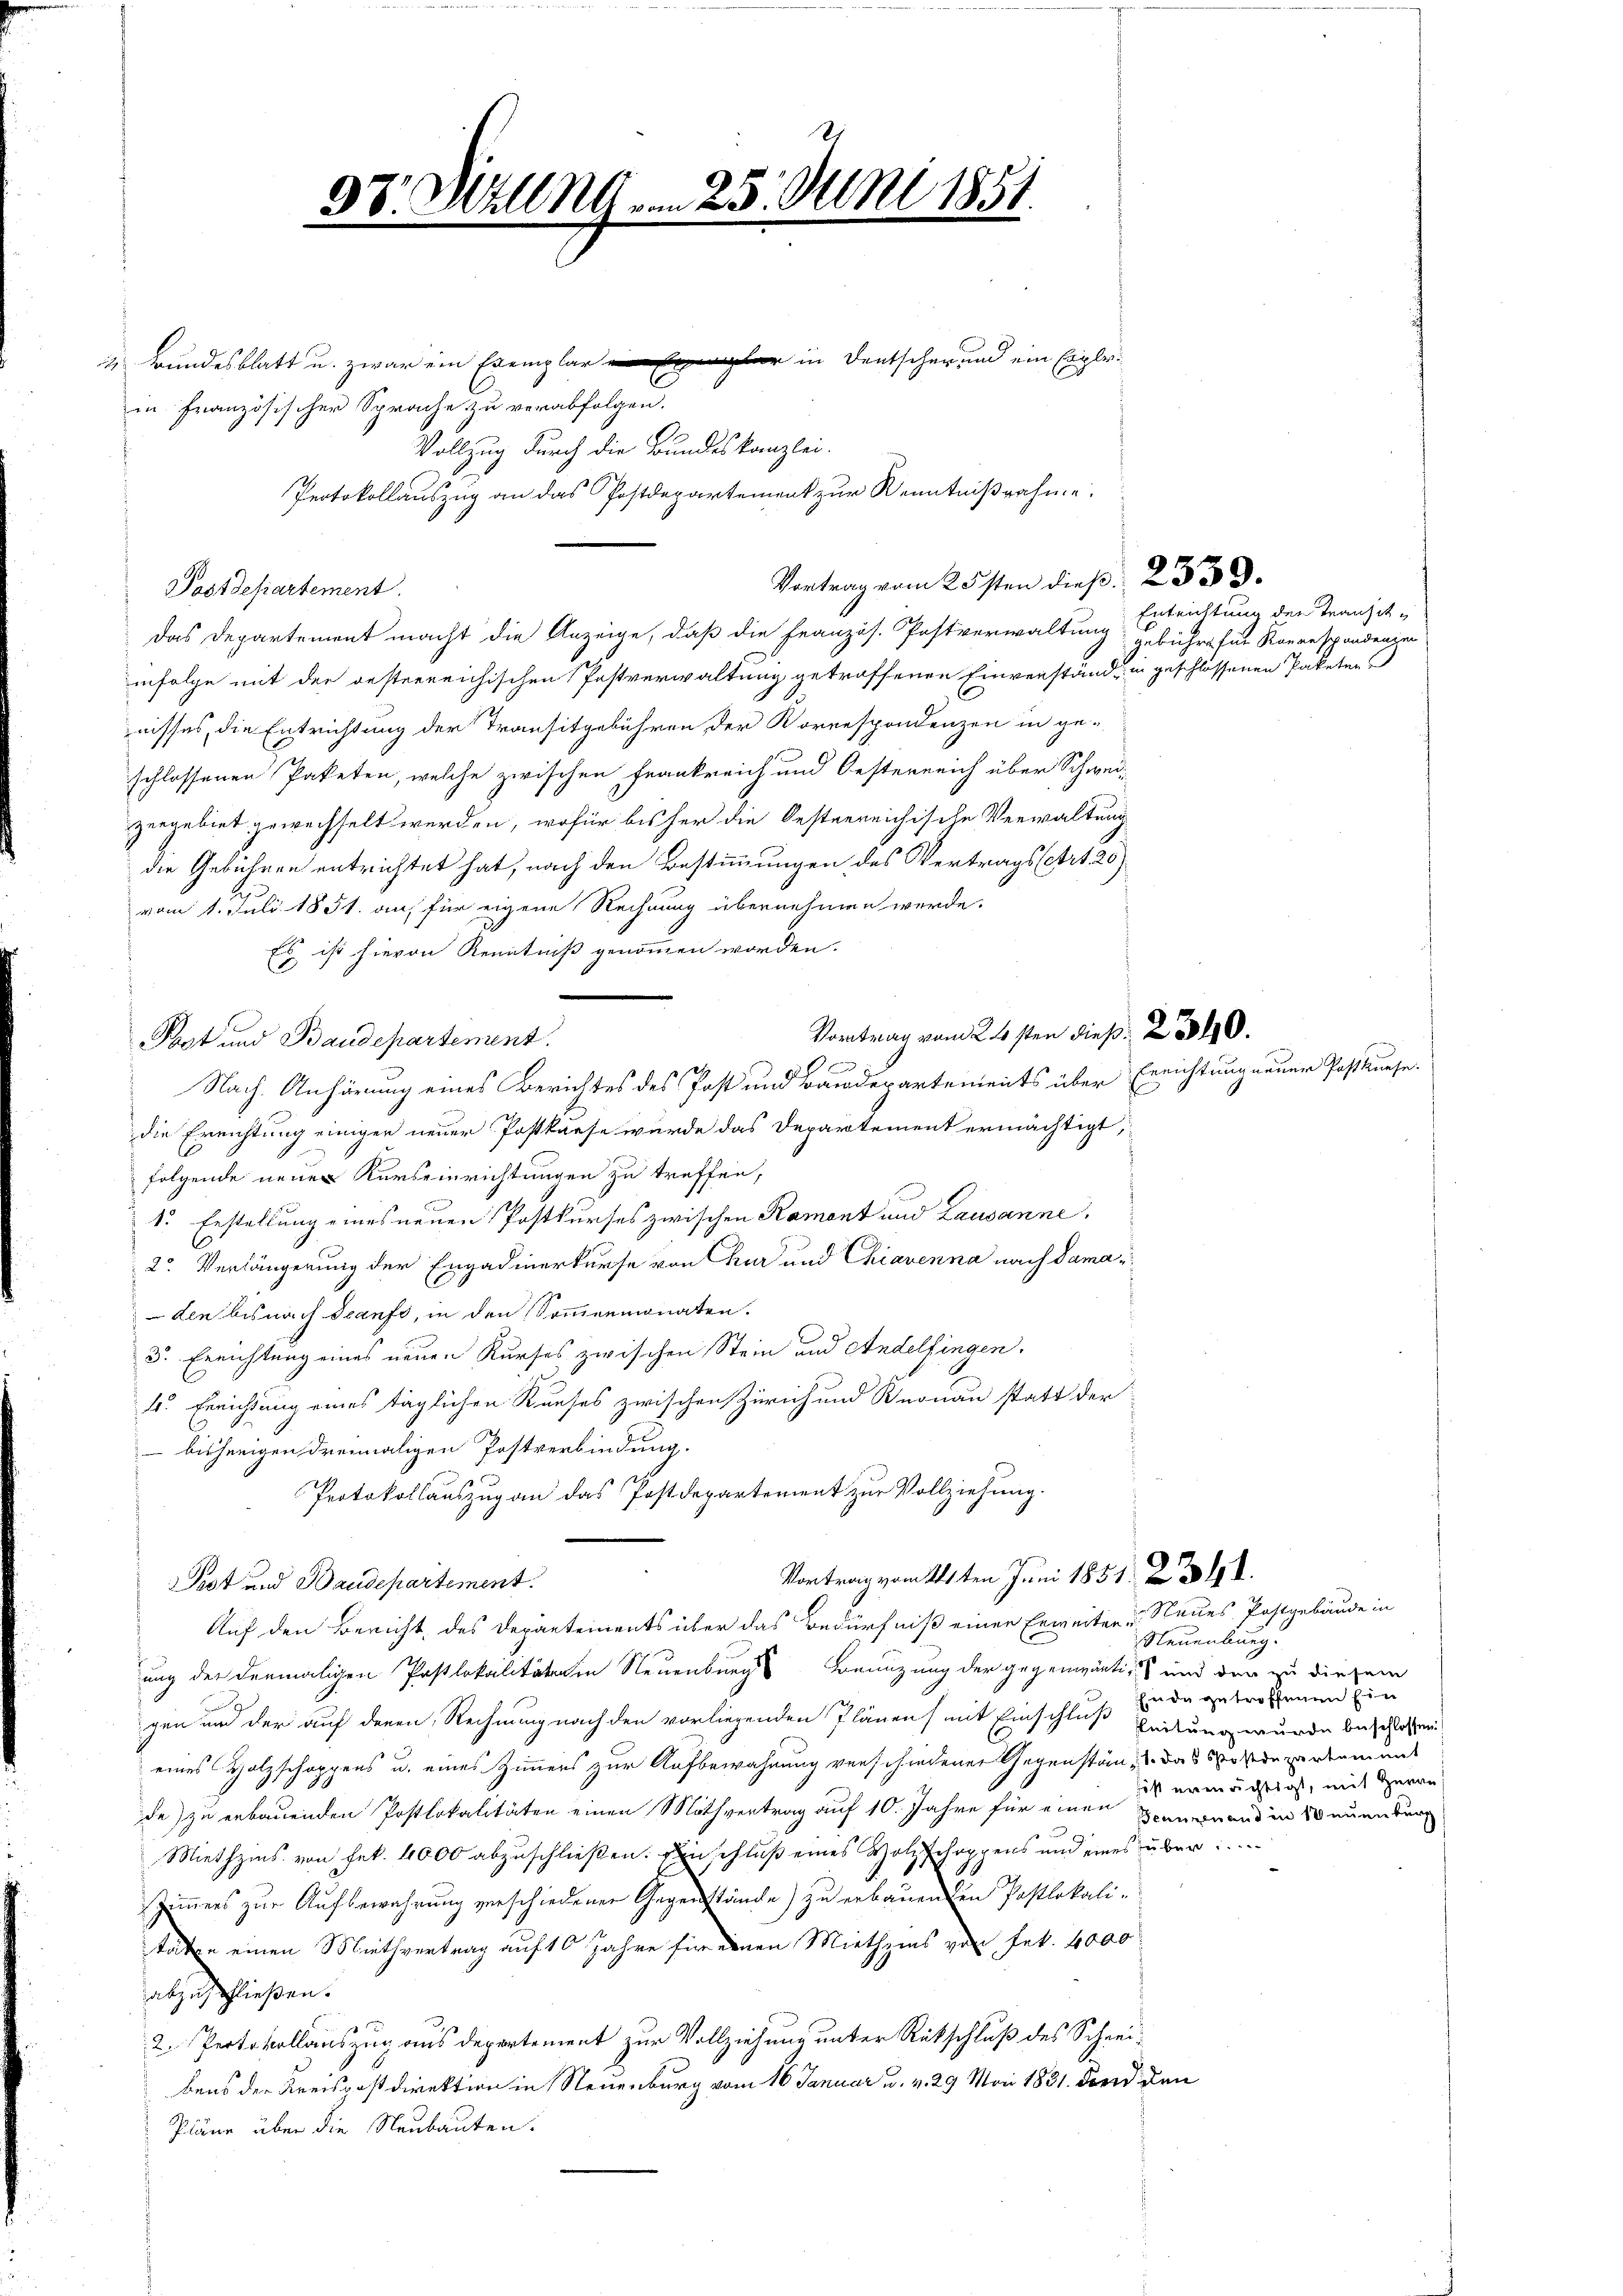
h

Bundesblatt u. zwar ein Exemplar in Deutscher und ein Englein Französischer Sprache zu verabfolgen.
Vollzug durch die Bundeskanzlei-
Protokollauszug an das Postdepartement zur Kenntnißnahme.
Postdepartement.
das Departement macht die Anzeige, daß die Französ. Postverwaltung führe für Korrespondenzen
infolge mit der oesterreichischen Postverwaltung getroffenen Einverstände in geschlossenen Paketen
nisses, die Entrichtung der Transitgebühren der Korrespondenzen in ge-
schlossenen Paketen, welche zwischen Frankreich und Oesterreich über Schwei-
zergebiet gewechselt werden, wofür bis für die Oesterreichische Verwaltung
die Gebühren entrichtet hat, nach den Bestimmungen des Vertrags sehrt 20)
vom 1. Juli 1851 auf für eigene Rechnung übernehmen werde.
Es ist hievon Kenntniß genommen worden.
Vortrag vom 26sten dieß: 2 890.
Post und Baudepartement

Nach Anhörung eines Berichtes des Post und Bandepartements über Errichtung neuer Postkurse.
die Errichtung einiger neuer Postkurse wurde das Departement ermächtigt,
folgende neuer Kurseinrichtungen zu treffen,
1. Erstellung eines neuen Postkurses zwischen Rament und Lausanne,
2. Verlängerung der Engadinerkurse von Kur und Chiavenna nach dama
Len bis nach Seanfs, in den Sommenmonaten.
3. Errichtung eines neuen Kurses zwischen Stein und Andelfingen.
4. Errichtung eines täglichen Kueses zwischen Zürich und Knonau statt der
- bisherigen dreimaligen Postverbindung.
Protokollauszug an das Postdepartement zur Vollziehung.
Vortrag vom 14ten Juni 1851. 250 l.
Pest und Baudepartement.
Auf den Bericht des Departements über das Bedürfniß einer Erweiten u Neues Postgebäude in
ung der dermaligen Postlokalitätenen Neuenburgs Benuzung der gegenwärtig und der zu diesem
gen und der auf denen Rechnung nach den vorliegenden Plänen mit Einschluß beitung wurde beschaften
eines Holzschoppens u. eines Zimmers zur Aufbewahnung verschiedener Gegenstän- das Code verdament
de) zu erbauenden Postlokalitäten einen Mithvertrag auf 10. Jahre für einen Zangnand in Neuenburg
g
Miethzins von Frk. 4000 abzuschließen. Einschluß eines Holzschoppens und eines über
Zimmers zur Aufbewahrung verschiedenen Gegenstände) zu erbauenden Postlokali-
tätze einen Miethvertrag auf 10 Jahre für einen Miethzins von Frk. 4000
abzuschließen.
2. Protokollauszug aus Departement zur Vollziehung unter Rückschluß des Schreibens der Kreispostdirektion in Neuenburg vom 16. Januar u. v. 29 Mai 1831. Fond den
Pläne über die Neubauten.

38. Sitzung am 25. Juni 1851.

Vortrag vom 25sten dieß. 2. 339.

Entrichtung der Transit¬

Neuenburg.
hinde getroffenen Ein
sist ermächtigt, mit Genan